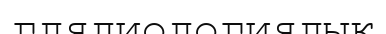
глядиологиялық